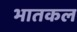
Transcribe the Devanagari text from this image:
भातकल